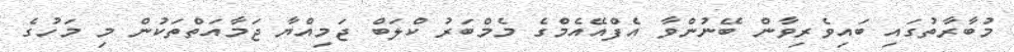
މުބާރާތުގައި ބައިވެރިވާން ބޭނުންވާ އެފްއޭއެމްގެ މެމްބަރު ކްލަބް ޖަމިއްޔާ ޖަމާއަތްތަކުން މި މަހުގެ